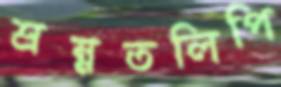
শ্রম্নতলিপি